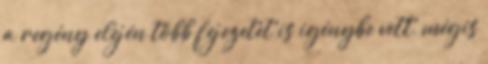
a regény elején több fejezetet is igénybe vett, mégis